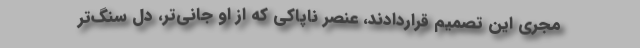
مجری این تصمیم قراردادند، عنصر ناپاکی که از او جانی‌تر، دل سنگ‌تر